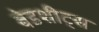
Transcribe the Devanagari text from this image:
बेडशीट्स